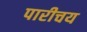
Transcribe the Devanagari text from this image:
पारीचय